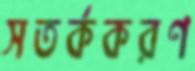
সতর্ককরণ